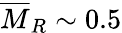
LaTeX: \overline{{M}}_{R}\sim 0.5